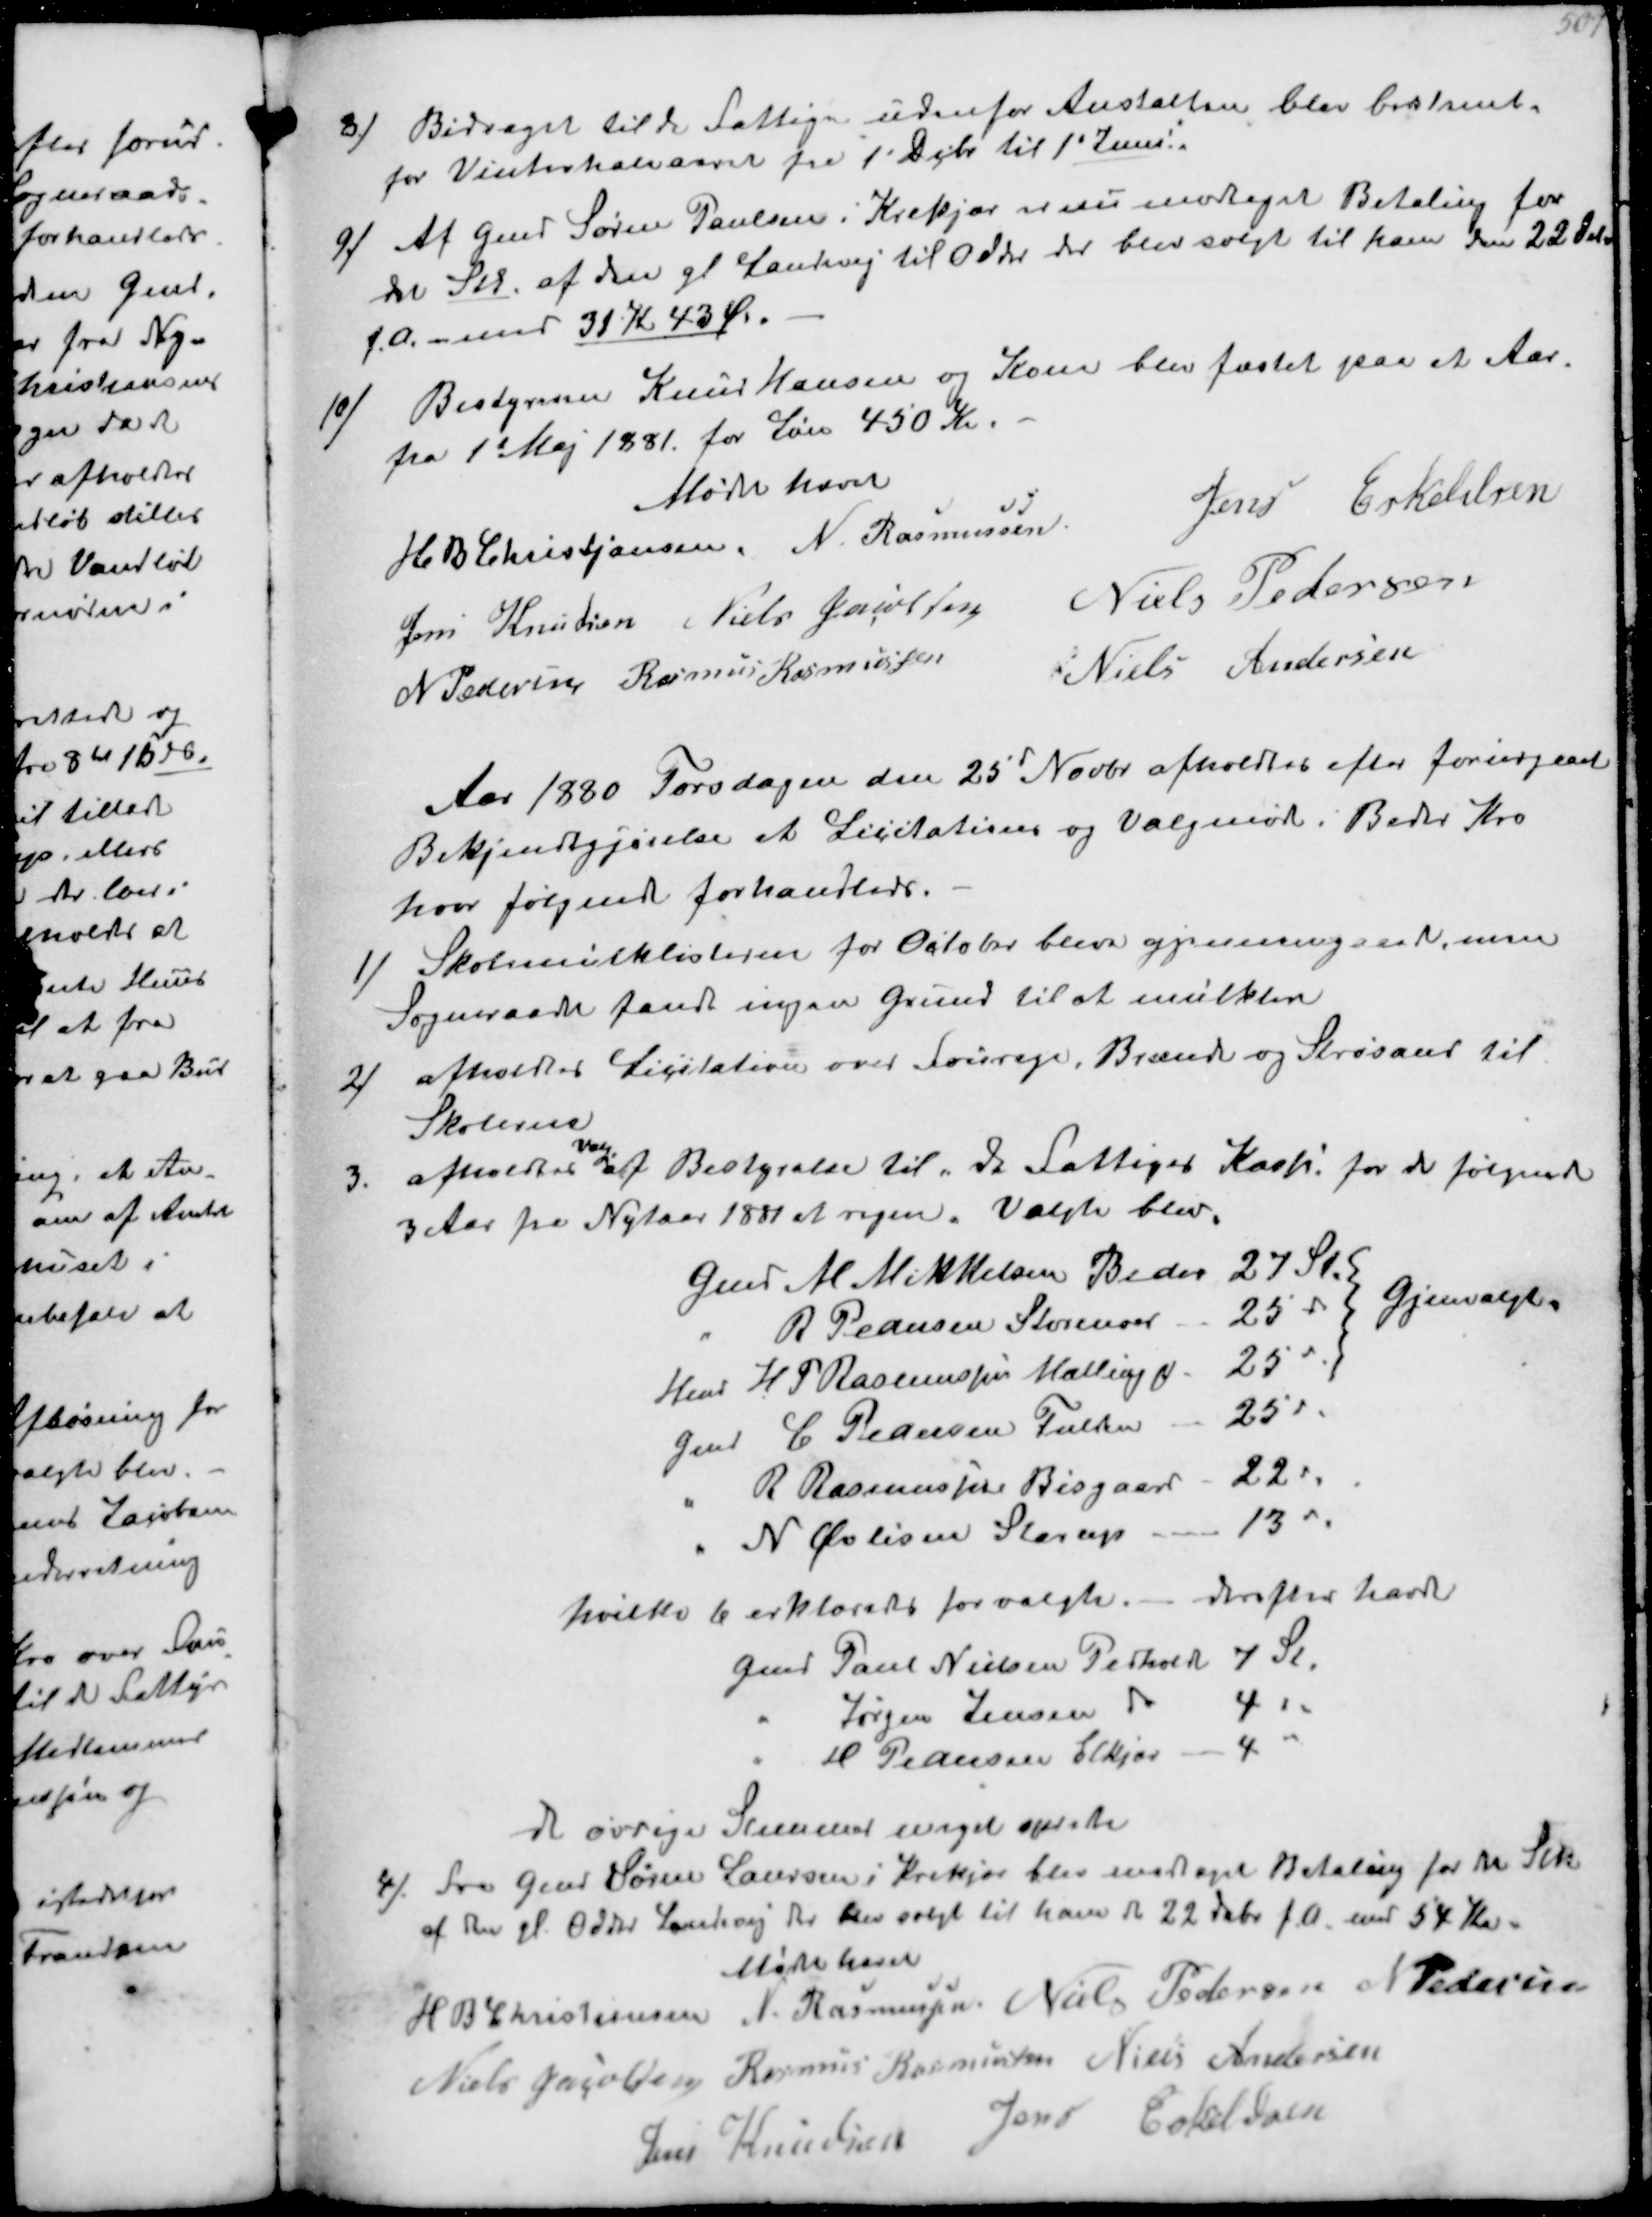
Transskription:
8/
Bidraget til de Fattige udenfor Anstalten blev bestemt
for Vinterhalvaaret fra 1' Debr til 1'Juni.
9/
Af Gmd Søren Poulsen i Krekjær er nu modtaget Betaling for
det Stk. af den gl Landevej til 0dder der blev solgt til ham den 22 Febr
f.A. - med 31 K 43 Øre
10/
Bestyrer Knud Hansen og Kone blev fæstet paa et Aar.
fra 1 Maj 1981 for Løn 450 Kr.
Mødet hævet
H B Christjansen
N. Rasmussen
Jens Eskeldsen
Jens Knudsen
Niels Jacobsen
Niels Pedersen
N Pedersen
Rasmus Rasmussen
Niels Andersen

Aar 1880 Torsdagen den 25´ Novbr afholdtes efter forudgaaet
Bekjendtgjørelse et Licitations og Valgmøde i Beder Kro
hvor følgende forhandledes
1/
Skolemulklisterne for Octobr blev gjenemgaaet men
Sogneraadet fandt ingen Grund til at mulktere
2/
afholdes Licitation over Fourage, Brænde og Strøsand til
Skolerne
3.
afholdtes
Valg
af Bestyrelse til "de Fattiget Kasse" for de følgende
3 Aar fra Nytaar 1881 at regne Valgte blev
Gmd M Mikkelsen Beder 27 St |
" R Pedersen Storenoer 25 " |
Gjenvalgt.
Hmd H P Rasmussen Malling 25 " |
Gmd C Pedersen Fulden 25 "
" R Rasmussen Bisgaard - 22 "
" N Øvlisen Starup 13 "
hvilke 6 erklæredes for valgte. - derefter havde
Gmd Paul Nielsen Pedholdt 7 St.
" Jørgen Jensen
4 "
" H Pedersen Elkjær
4 "
de øvrige Stemmer meget spredte
4/ Fra Gmd Søren Laursen i Krekjær blev modtaget Betaling for det Stk
af den gl Odder Landevej der blev solgt til ham d 22 Febr f.A med 34 Kr
Møde hævet
H B Christjansen
N Rasmussen
Niels Pedersen
N Pedersen
Niels Jacobsen
Rasmus Rasmussen
Niels Andersen
Jens Knudsen
Jens Eskeldsen